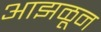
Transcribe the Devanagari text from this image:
आझळून